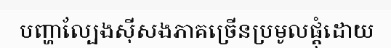
បញ្ហាល្បែងស៊ីសងភាគច្រើនប្រមូលផ្តុំដោយ